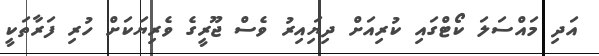
އަދި މައްސަލަ ކޯޓްގައި ކުރިއަށް ދިޔަިއިރު ވެސް ޖޫރީގެ ވެރިޔަކަށް ހުރި ފަރާތަކީ